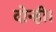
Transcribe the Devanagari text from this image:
दोन्ही।